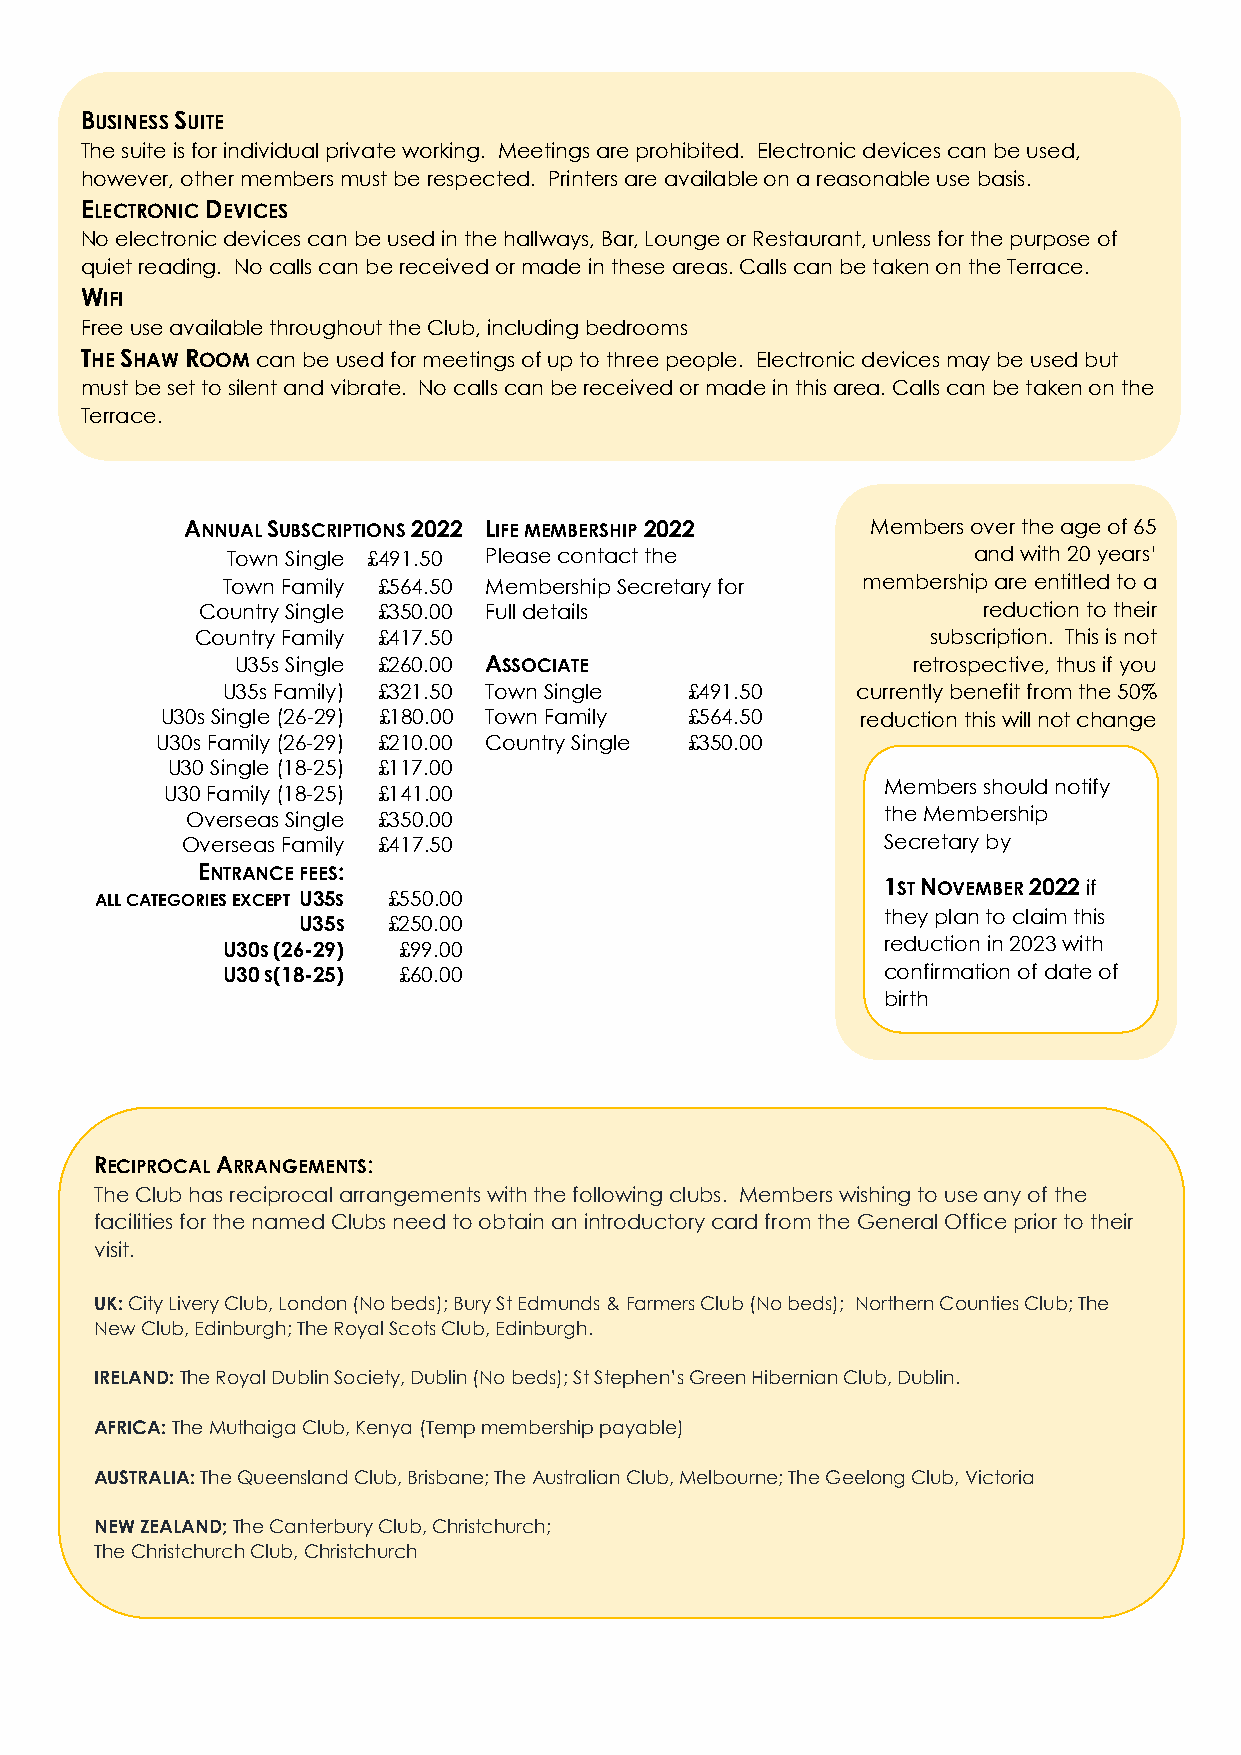
BUSINESS SUITE
 The suite is for individual private working. Meetings are prohibited. Electronic devices can be used,
 however, other members must be respected. Printers are available on a reasonable use basis.
 ELECTRONIC DEVICES
 No electronic devices can be used in the hallways, Bar, Lounge or Restaurant, unless for the purpose of
 quiet reading. No calls can be received or made in these areas. Calls can be taken on the Terrace.
 WIFI
 Free use available throughout the Club, including bedrooms
 THE SHAW ROOM can be used for meetings of up to three people. Electronic devices may be used but
 must be set to silent and vibrate. No calls can be received or made in this area. Calls can be taken on the
 Terrace.
 ANNUAL SUBSCRIPTIONS 2022 LIFE MEMBERSHIP 2022 Members over the age of 65
 Town Single £491.50 Please contact the           and with 20 years’
 Town Family £564.50 Membership Secretary for membership are entitled to a
 Country Single £350.00 Full details                 reduction to their
 Country Family £417.50                           subscription. This is not
 U35s Single £260.00 ASSOCIATE               retrospective, thus if you
 U35s Family) £321.50 Town Single £491.50  currently benefit from the 50%
 U30s Single (26-29) £180.00 Town Family £564.50 reduction this will not change
 U30s Family (26-29) £210.00 Country Single £350.00
 U30 Single (18-25) £117.00
 Members should notify
 U30 Family (18-25) £141.00
 Overseas Single £350.00                       the Membership
 Overseas Family £417.50                       Secretary by
 ENTRANCE FEES:
 1ST NOVEMBER 2022 if
 ALL CATEGORIES EXCEPT U35S £550.00
 they plan to claim this
 U35S  £250.00
 U30S (26-29) £99.00                        reduction in 2023 with
 U30 S(18-25) £60.00                        confirmation of date of
 birth
 RECIPROCAL ARRANGEMENTS:
 The Club has reciprocal arrangements with the following clubs. Members wishing to use any of the
 facilities for the named Clubs need to obtain an introductory card from the General Office prior to their
 visit.
 UK: City Livery Club, London (No beds); Bury St Edmunds & Farmers Club (No beds); Northern Counties Club; The
 New Club, Edinburgh; The Royal Scots Club, Edinburgh.
 IRELAND: The Royal Dublin Society, Dublin (No beds); St Stephen’s Green Hibernian Club, Dublin.
 AFRICA: The Muthaiga Club, Kenya (Temp membership payable)
 AUSTRALIA: The Queensland Club, Brisbane; The Australian Club, Melbourne; The Geelong Club, Victoria
 NEW ZEALAND; The Canterbury Club, Christchurch;
 The Christchurch Club, Christchurch